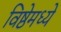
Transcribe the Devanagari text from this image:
विष्ठेमध्ये